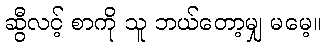
ဆွီလင့် စာကို သူ ဘယ်တော့မျှ မမေ့။